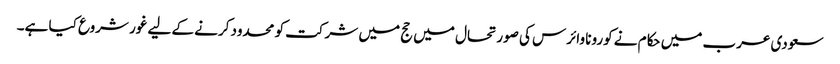
سعودی عرب میں حکام نے کورونا وائرس کی صورتحال میں حج میں شرکت کو محدود کرنے کے لیے غور شروع کیا ہے۔